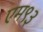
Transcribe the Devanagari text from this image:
एम९३